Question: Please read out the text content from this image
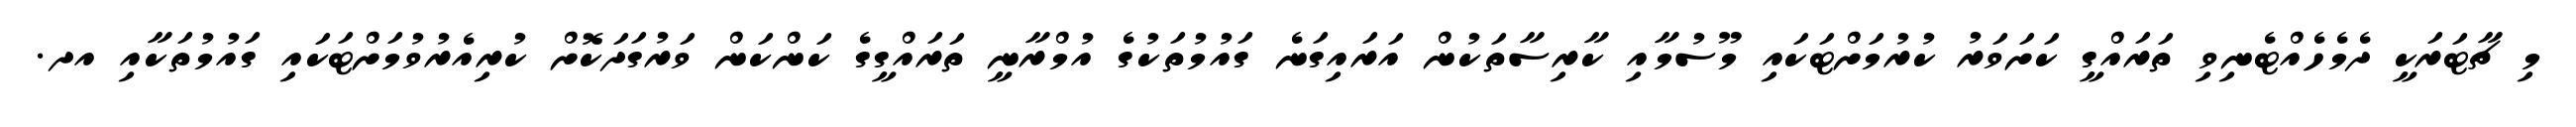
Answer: މި ޗާޓަރަކީ ދެމެހެއްޓެނިވި ތަރައްގީ ކަށަވަރު ކުރުމަށްޓަކައި މޫސުމާއި ކާރިސާތަކުން އަރައިގަނެ ގައުމުތަކުގެ އުމްރާނީ ތަރައްގީގެ ކަންކަން ވަރުގަދަކޮށް ކުރިއެރުވުމަށްޓަކައި ގައުމުތަކާއި އދ.